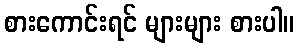
စားကောင်းရင် များများ စားပါ။